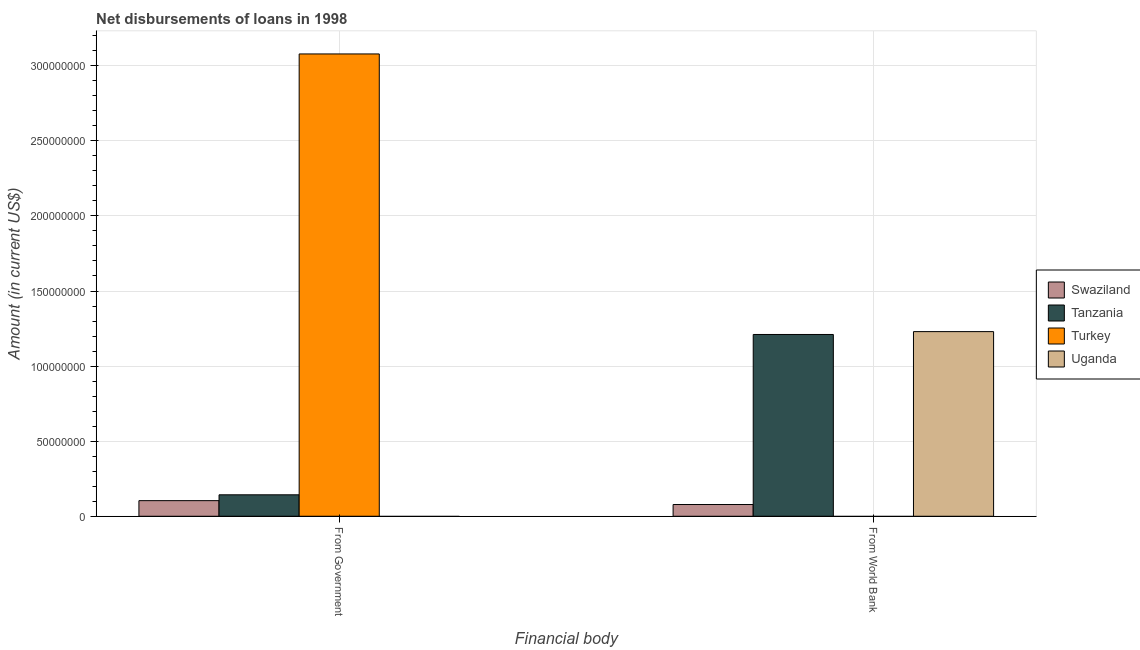
| Financial body | Swaziland | Tanzania | Turkey | Uganda |
 | --- | --- | --- | --- | --- |
 | From Government | 1.04e+07 | 1.43e+07 | 3.08e+08 | -1.42e+07 |
 | From World Bank | 7.82e+06 | 1.21e+08 | -5.46e+08 | 1.23e+08 |